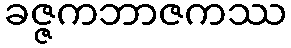
ခဇ္ဇကဘာဇကဿ